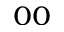
_ { 0 0 }